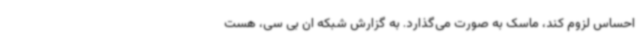
احساس لزوم کند، ماسک به صورت می‌گذارد. به گزارش شبکه ان بی سی، هست